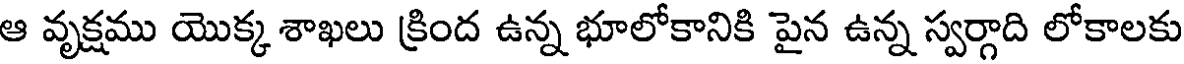
ఆ వృక్షము యొక్క శాఖలు క్రింద ఉన్న భూలోకానికి పైన ఉన్న స్వర్గాది లోకాలకు